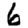
Digit: 6